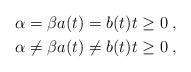
LaTeX: \begin{align*} & \alpha = \beta a(t) = b(t) t \ge 0\;, \\ & \alpha \ne \beta a(t) \ne b(t) t \ge 0\;, \end{align*}